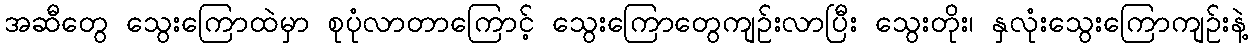
အဆီတွေ သွေးကြောထဲမှာ စုပုံလာတာကြောင့် သွေးကြောတွေကျဉ်းလာပြီး သွေးတိုး၊ နှလုံးသွေးကြောကျဉ်းနဲ့